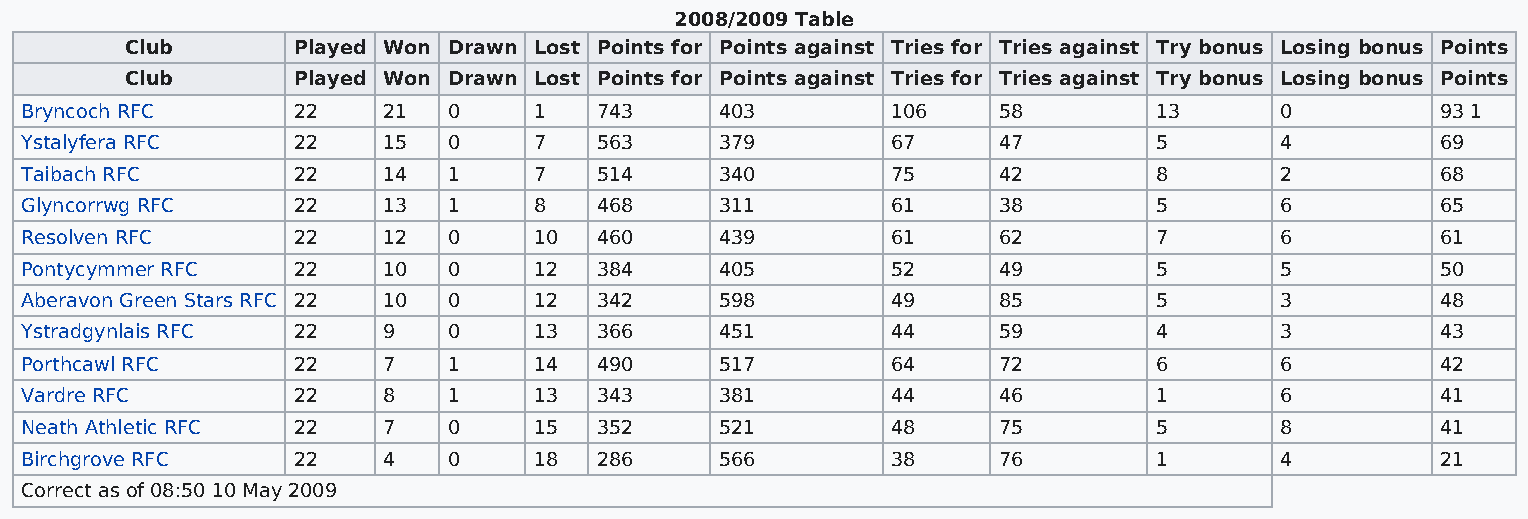
2008/2009 Table
 Club       Played Won Drawn Lost Points for Points against Tries for Tries against Try bonus Losing bonus Points
 Club       Played Won Drawn Lost Points for Points against Tries for Tries against Try bonus Losing bonus Points
 Bryncoch RFC      22    21   0    1   743      403        106    58        13       0         93 1
 Ystalyfera RFC    22    15   0    7   563      379        67     47        5        4         69
 Taibach RFC       22    14   1    7   514      340        75     42        8        2         68
 Glyncorrwg RFC    22    13   1    8   468      311        61     38        5        6         65
 Resolven RFC      22    12   0    10  460      439        61     62        7        6         61
 Pontycymmer RFC   22    10   0    12  384      405        52     49        5        5         50
 Aberavon Green Stars RFC 22 10 0  12  342      598        49     85        5        3         48
 Ystradgynlais RFC 22    9    0    13  366      451        44     59        4        3         43
 Porthcawl RFC     22    7    1    14  490      517        64     72        6        6         42
 Vardre RFC        22    8    1    13  343      381        44     46        1        6         41
 Neath Athletic RFC 22   7    0    15  352      521        48     75        5        8         41
 Birchgrove RFC    22    4    0    18  286      566        38     76        1        4         21
 Correct as of 08:50 10 May 2009